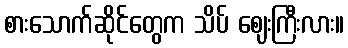
စားသောက်ဆိုင်တွေက သိပ် ဈေးကြီးလား။